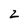
Character: z